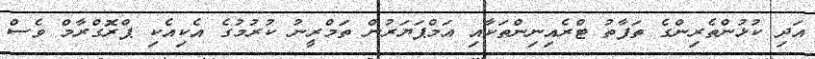
އަދި ކުޅުންތެރިންގެ ތަފާތު ޓްރެއިނިންތަކާއި އަމްޕަޔަރުން ތަމްރީނު ކުރުމުގެ އެކިއެކި ޕްރޮގްރާމް ވެސް